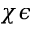
\chi \epsilon